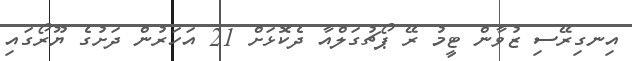
އިނގިރޭސި ޒުވާން ޓީމު ރޭ ޕޯޗުގަލްއާ ދެކޮޅަށް 21 އަހަރުން ދަށުގެ ޔޫރޯގައި